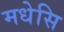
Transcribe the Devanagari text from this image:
मधेसि